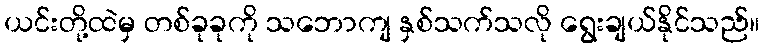
ယင်းတို့ထဲမှ တစ်ခုခုကို သဘောကျ နှစ်သက်သလို ရွေးချယ်နိုင်သည်။